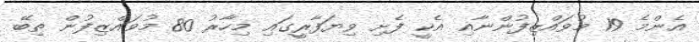
އެންމެ 19 މުވައްޒިފުންނާއި އެކީ ފެށި ވިޔަފާރީގައި މިހާރު 80 މުވައްޒިފުން ތިބޭ